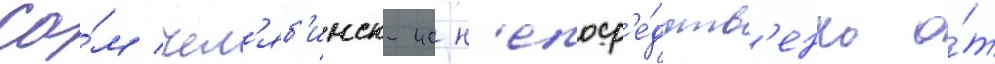
Са́м чел'яб'инск-40 н'епоср'е́дств'енно о́т